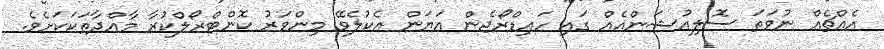
އެއްޗެއް ނުވަތަ ސޮލިއުޝަންއެއް ގައި ހައިޑްރޯޖެން އަޔަން އެކުލެވޭ މިންވަރު ކޮންޓްރޯލްކުރާ މާއްދާތަކަކަށެވެ.